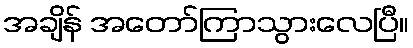
အချိန် အတော်ကြာသွားလေပြီ။